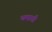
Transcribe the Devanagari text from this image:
थमाती